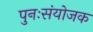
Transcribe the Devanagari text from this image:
पुनःसंयोजक